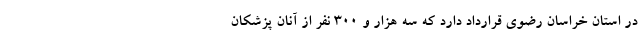
در استان خراسان رضوی قرارداد دارد که سه هزار و ۳۰۰ نفر از آنان پزشکان